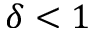
\delta < 1